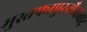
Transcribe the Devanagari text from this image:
मुस्तफापुरनौआबाद